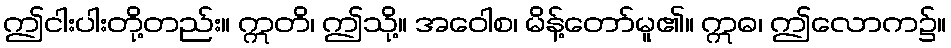
ဤငါးပါးတို့တည်း။ ဣတိ၊ ဤသို့။ အဝေါစ၊ မိန့်တော်မူ၏။ ဣဓ၊ ဤလောက၌။